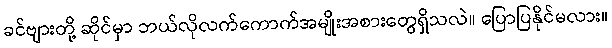
ခင်ဗျားတို့ ဆိုင်မှာ ဘယ်လိုလက်ကောက်အမျိုးအစားတွေရှိသလဲ။ ပြောပြနိုင်မလား။